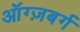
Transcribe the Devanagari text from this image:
ऑग्ज़बर्ग